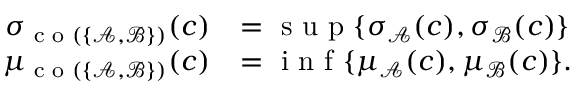
\begin{array} { r l } { \sigma _ { \textup { c o } ( \{ \mathcal { A } , \mathcal { B } \} ) } ( c ) } & { = \textup { s u p } \{ \sigma _ { \mathcal { A } } ( c ) , \sigma _ { \mathcal { B } } ( c ) \} } \\ { \mu _ { \textup { c o } ( \{ \mathcal { A } , \mathcal { B } \} ) } ( c ) } & { = \textup { i n f } \{ \mu _ { \mathcal { A } } ( c ) , \mu _ { \mathcal { B } } ( c ) \} . } \end{array}